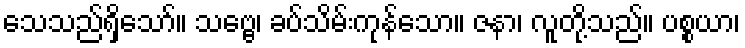
သေသည်ရှိသော်။ သဗ္ဗေ၊ ခပ်သိမ်းကုန်သော။ ဇနာ၊ လူတို့သည်။ ပစ္စယာ၊